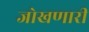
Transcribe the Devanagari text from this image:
जोखणारी